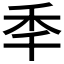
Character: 秊